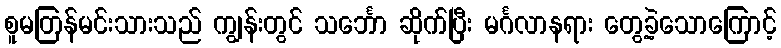
စူမတြန်မင်းသားသည် ကျွန်းတွင် သင်္ဘော ဆိုက်ပြီး မင်္ဂလာနရား တွေ့ခဲ့သောကြောင့်